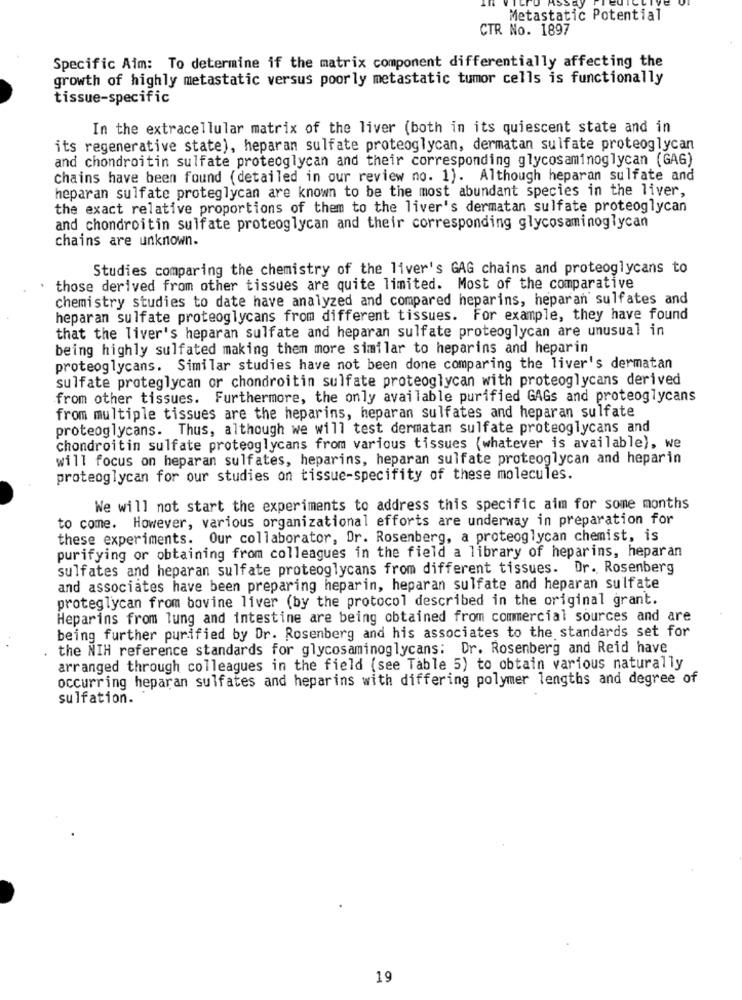
Metastatic Potential
CTR No. 1897
Specific Aim: To determine if the matrix component differentially affecting the
growth of highly metastatic versus poorly metastatic tumor cells is functionally
tissue-specific
In the extracellular matrix of the liver (both in its quiescent state and in
its regenerative state), heparan sulfate proteoglycan, dermatan sulfate proteoglycan
and chondroitin sulfate proteoglycan and their corresponding glycosaminoglycan (GAG)
chains have been found (detailed in our review no. 1). Although heparan sulfate and
heparan sulfate proteglycan are known to be the most abundant species in the liver,
the exact relative proportions of them to the liver's dermatan sulfate proteoglycan
and chondroitin sulfate proteoglycan and their corresponding glycosaminoglycan
chains are unknown.
Studies comparing the chemistry of the liver's GAG chains and proteoglycans to
those derived from other tissues are quite limited. Most of the comparative
chemistry studies to date have analyzed and compared heparins, heparan sulfates and
heparan sulfate proteoglycans from different tissues. For example, they have found
that the liver's heparan sulfate and heparan sulfate proteoglycan are unusual in
being highly sulfated making them more similar to heparins and heparin
proteoglycans. Similar studies have not been done comparing the liver's dermatan
sulfate proteglycan or chondroitin sulfate proteoglycan with proteoglycans derived
from other tissues. Furthermore, the only available purified GAGs and proteoglycans
from multiple tissues are the heparins, heparan sulfates and heparan sulfate
proteoglycans. Thus, although we will test dermatan sulfate proteoglycans and
chondroitin sulfate proteoglycans from various tissues (whatever is available), we
will focus on heparan sulfates, heparins, heparan sulfate proteoglycan and heparin
proteoglycan for our studies on tissue-specifity of these molecules.
We will not start the experiments to address this specific aim for some months
to come. However, various organizational efforts are underway in preparation for
these experiments. Our collaborator, Dr. Rosenberg, a proteoglycan chemist, is
purifying or obtaining from colleagues in the field a library of heparins, heparan
sulfates and heparan sulfate proteoglycans from different tissues. Dr. Rosenberg
and associates have been preparing heparin, heparan sulfate and heparan sulfate
proteglycan from bovine liver (by the protocol described in the original grant.
Heparins from lung and intestine are being obtained from commercial sources and are
being further purified by Dr. Rosenberg and his associates to the standards set for
the NIH reference standards for glycosaminoglycans: Dr. Rosenberg and Reid have
arranged through colleagues in the field (see Table 5) to obtain various naturally
occurring heparan sulfates and heparins with differing polymer lengths and degree of
sulfation.
19